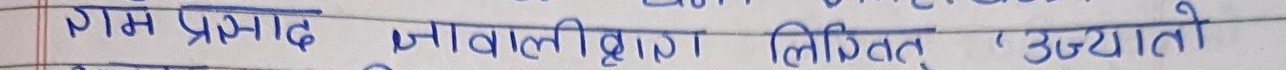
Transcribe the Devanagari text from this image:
रंग प्रसाद नावलीत् लिखित् 'उदयांती'